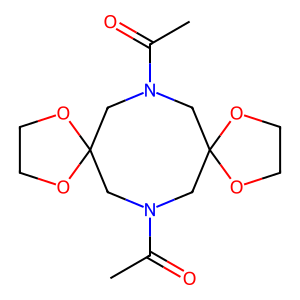
SMILES: CC(=O)N1CC2(CN(C(C)=O)CC3(C1)OCCO3)OCCO2
Inhibits HIV replication: No